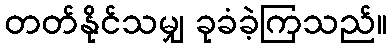
တတ်နိုင်သမျှ ခုခံခဲ့ကြသည်။